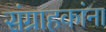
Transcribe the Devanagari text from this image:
संग्राहकांना